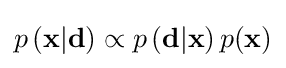
p\left(\mathbf {x} |\mathbf {d} \right)\propto p\left(\mathbf {d} |\mathbf {x} \right)p(\mathbf {x} )